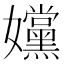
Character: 𡤭